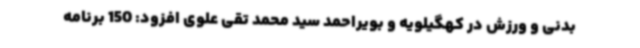
بدنی و ورزش در کهگیلویه و بویراحمد سید محمد تقی علوی افزود: 150 برنامه